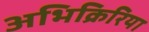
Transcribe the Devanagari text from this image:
अभिक्रिरिया